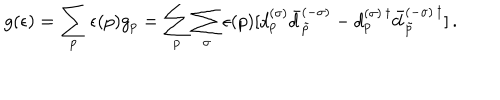
g ( \epsilon ) = \sum _ { p } \epsilon ( p ) g _ { p } = \sum _ { p } \sum _ { \sigma } \epsilon ( p ) [ d _ { p } ^ { ( \sigma ) } \bar { d } _ { \tilde { p } } ^ { ( - \sigma ) } - d _ { p } ^ { ( \sigma ) \, \dagger } \bar { d } _ { \tilde { p } } ^ { ( - \sigma ) \, \dagger } ] \, { . }